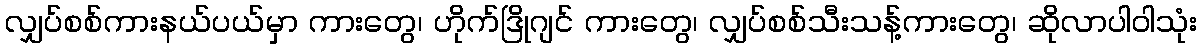
လျှပ်စစ်ကားနယ်ပယ်မှာ ကားတွေ၊ ဟိုက်ဒြိုဂျင် ကားတွေ၊ လျှပ်စစ်သီးသန့်ကားတွေ၊ ဆိုလာပါဝါသုံး